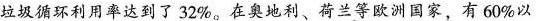
垃圾循环利用率达到了32%。在奖地利、荷兰等欧洲国家，有60%以